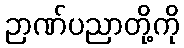
ဉာဏ်ပညာတို့ကို